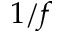
1 / f